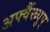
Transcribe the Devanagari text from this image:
अफ्वैंख्युप्